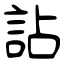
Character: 詀